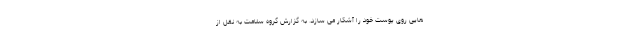
هایی روی پوست خود را آشکار می سازد. به گزارش گروه سلامت به نقل از